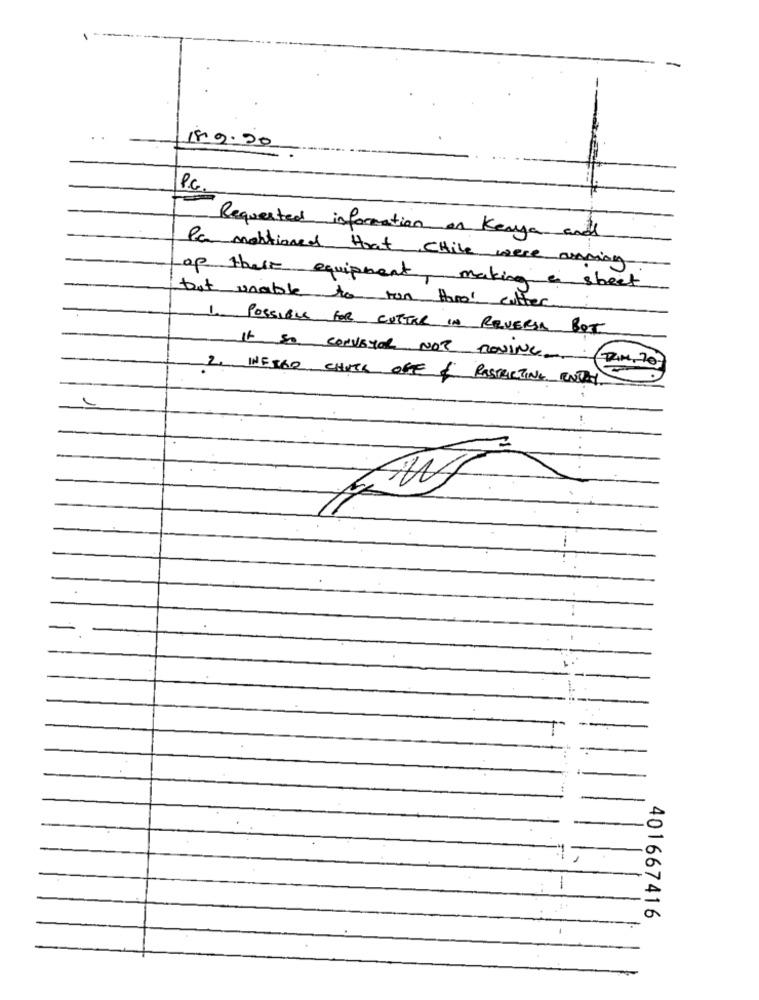
189.20
Requested information on Kenya and
Pa mentioned that CHile were arning
of these equipment, making a sheet
but unable to run thoo cutter
1. POSSIBLE FOR CUTTER IN REVERSA BOT
It so CONVEYOR NOT MOVING ( RIM, 70)
2. INFIGO CHITS OFF & RESTRICTING ENTRY
-
-
401667416